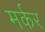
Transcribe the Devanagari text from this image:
मर्कर